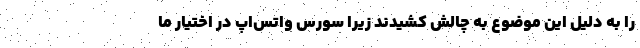
را به دلیل این موضوع به چالش کشیدند زیرا سورس واتس‌اپ در اختیار ما